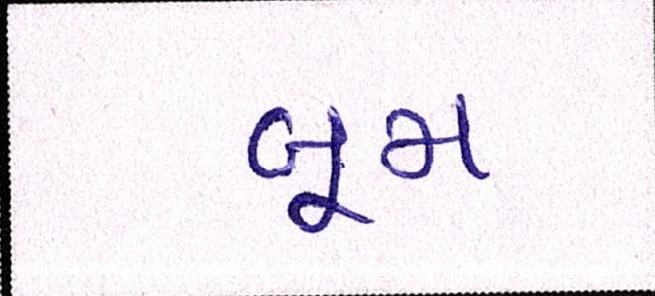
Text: બૂમ